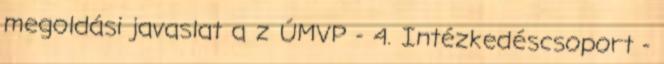
megoldási javaslat a z ÚMVP - 4. Intézkedéscsoport -